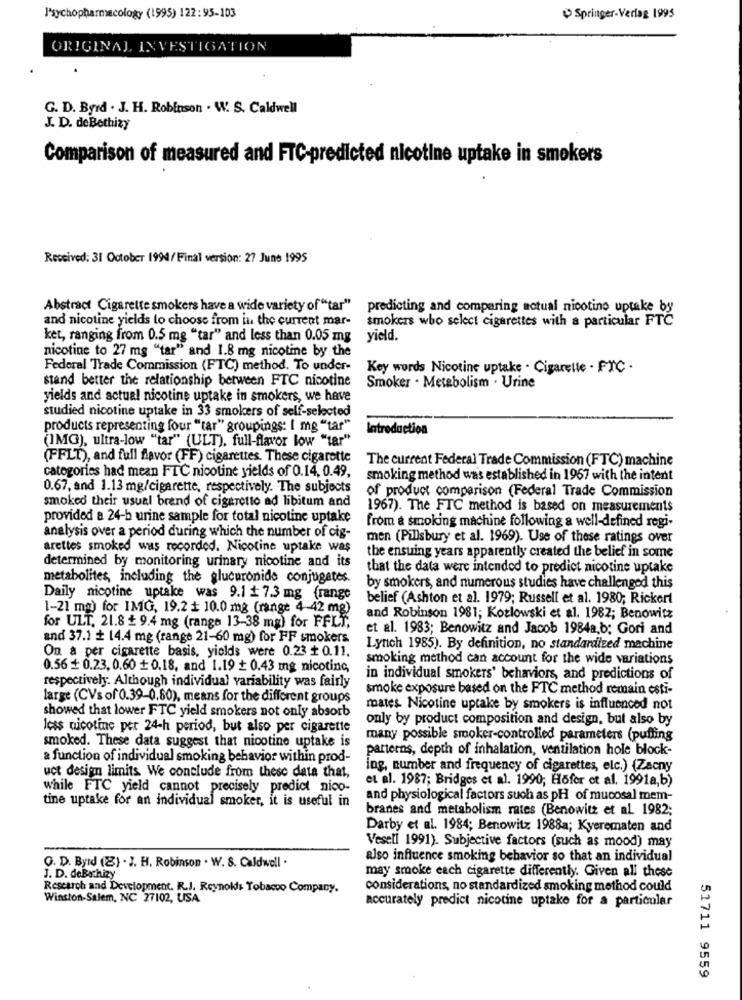
J'sychopharmacology (1995) 122:95-103
Springer-Verlag 1995
ORIGINAL INVESTIGATION
G. D. Byrd . J. H. Robinson . W. S. Caldwell
J. D. deBothizy
Comparison of measured and FTC-predicted nicotine uptake in smokers
Received: 31 October 1994/ Final version: 27 June 1995
Abstract Cigarette smokers have a wide variety of "tar"
predicting and comparing actual nicotine uptake by
and nicotine yields to choose from in the current mar-
smokers who select cigarettes with a particular FTC
ket, ranging from 0.5 mg "tar" and less than 0.05 mg
yield.
nicotine to 27 mg "tar" and 1.8 mg nicotine by the
Federal Trade Commission (FTC) method. To under-
Key words Nicotine uptake . Cigarette - FTC .
stand better the relationship between FTC nicotine
Smoker . Metabolism . Urine
yields and actual nicotine uptake in smokers, we have
studied nicotine uptake in 33 smokers of self-selected
products representing four "tar" groupings: [ mg "tar"
Introduction
(IMG), ultra-low "tar" (ULT), full-flavor low "tar"
(FFLT), and full flavor (FF) cigarettes. These cigarette
The current Federal Trade Commission (FTC) machine
categories had mean FTC nicotine yields of 0.14, 0.49,
smoking method was established in 1967 with the intent
0.67, and 1.13 mg/cigarette, respectively. The subjects
of product comparison (Federal Trade Commission
smoked their usual brand of cigarette ad libitum and
1967). The FTC method is based on measurements
provided a 24-b urine sample for total nicotine uptake
from & smoking machine following a well-defined regi-
analysis over a period during which the number of cig-
men (Pillsbury et al. 1969). Use of these ratings over
arettes smoked was recorded. Nicotine uptake was
the ensuing years apparently created the belief in some
determined by monitoring urinary nicotine and its
that the data were intended to predict nicotine uptake
metabolites, including the glucuronide conjugates.
by smokers, and numerous studies have challenged this
Daily nicotine uptake was 9.1 1 7.3 mg frange
belief (Ashton et al. 1979; Russell et al. 1980; Rickert
1-21 ma) for IMG, 19.2 + 10.0 mg (range 4-42 mg)
and Robinson 1981; Kozlowski et al. 1982; Benowitz
for ULT, 21.8 + 9.4 mg (range 13-38 mg) for FFLI,
et al. 1983; Benowitz and Jacob 1984a,b; Gori and
and 37.1 + 14.4 mg (range 21-60 mg) for FF smokers
On a per cigarette basis, yields were 0.23 + 0.11.
Lynch 1985). By definition, no standardized machine
smoking method can account for the wide variations
0.56 + 0.23. 0.60 + 0.18, and 1.19 + 0.43 mg nicotine,
in individual smokers' behaviors, and predictions of
respectively. Although individual variability was fairly
smoke exposure based on the FTC method remain esti-
large (CVs of 0.39-0.80), means for the different groups
mates Nicotine uptake by smokers is influenced not
showed that lower FTC yield smokers not only absorb
only by product composition and design, but also by
less nicotine per 24-h period, but also per cigarette
many possible smoker-controlled parameters (puffing
smoked. These data suggest that nicotine uptake is
parterns, depth of inhalation, ventilation hole block-
a function of individual smoking behavior within prod-
ing, number and frequency of cigarettes, elc.) (Zacny
uct design limits. We conclude from these data that,
et al. 1987; Bridges et al. 1990; Höfor et al. 1991a,b)
while FTC yield cannot precisely predict nico-
tine uptake for an individual smoker, it is useful in
and physiological factors such as pH of mucosal mem-
branes and metabolism rates (Benowitz et al 1982;
Darby et al. 1984; Benowitz 1988a; Kyerematen and
Vesell 1991). Subjective factors (such as mood) may
also influence smoking behavior so that an individual
Q. D. Byrd (8) . J. H. Robinson . W. S. Caldwell .
may smoke each cigarette differently. Given all these
J. D. deBathizy
Research and Development. R.J. Reynolds Tobacco Company.
considerations, no standardized smoking method could
Winston-Salem, NC 27102, USA
accurately predict nicotine uptake for a particular
51711 9559